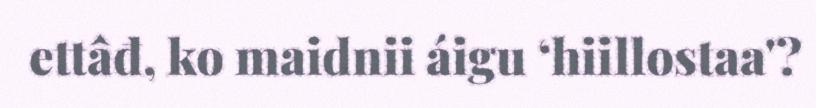
ettâđ, ko maidnii áigu ‘hiillostaa'?